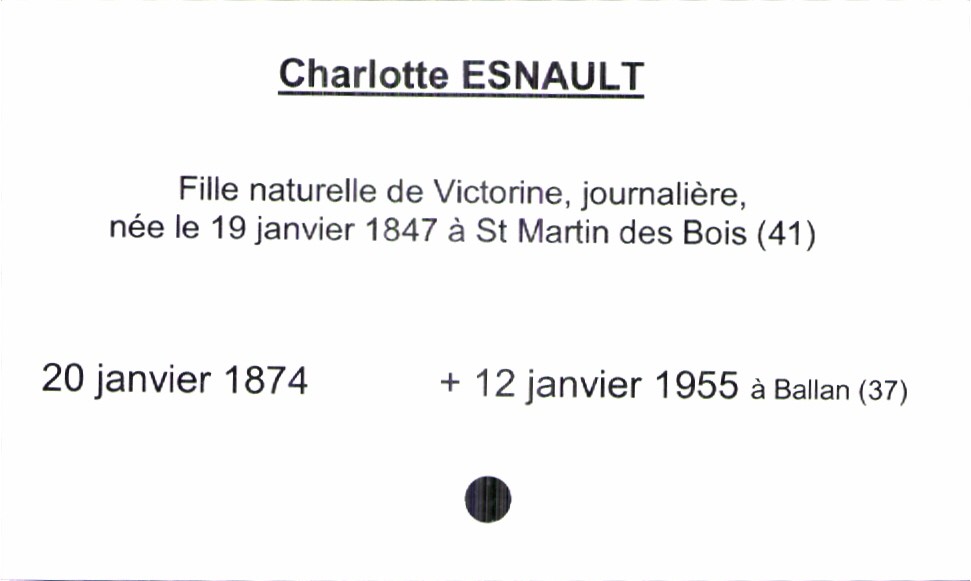
type_acte: Baptême
observations: mère née le 19 janvier 1847
filiation: fille
enfant_prénom: Charlotte
enfant_date_de_naissance: 20 janvier 1874
enfant_date_de_décès: 12 janvier 1855
enfant_lieu_de_décès: Ballan (37)
mère_enfant_nom: Esnault
mère_enfant_prénom: Victorine
mère_enfant_profession: journalière
mère_enfant_lieu_de_naissance: Saint Martin des Bois (41)